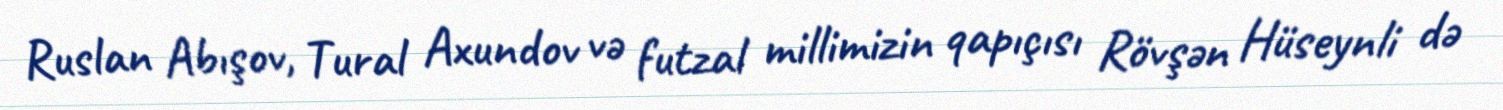
Ruslan Abışov, Tural Axundov və futzal millimizin qapıçısı Rövşən Hüseynli də